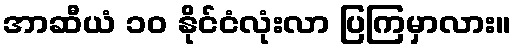
အာဆီယံ ၁၀ နိုင်ငံလုံးလာ ပြကြမှာလား။